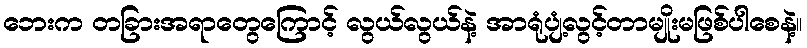
ဘေးက တခြားအရာတွေကြောင့် လွယ်လွယ်နဲ့ အာရုံပျံ့လွင့်တာမျိုးမဖြစ်ပါစေနဲ့။